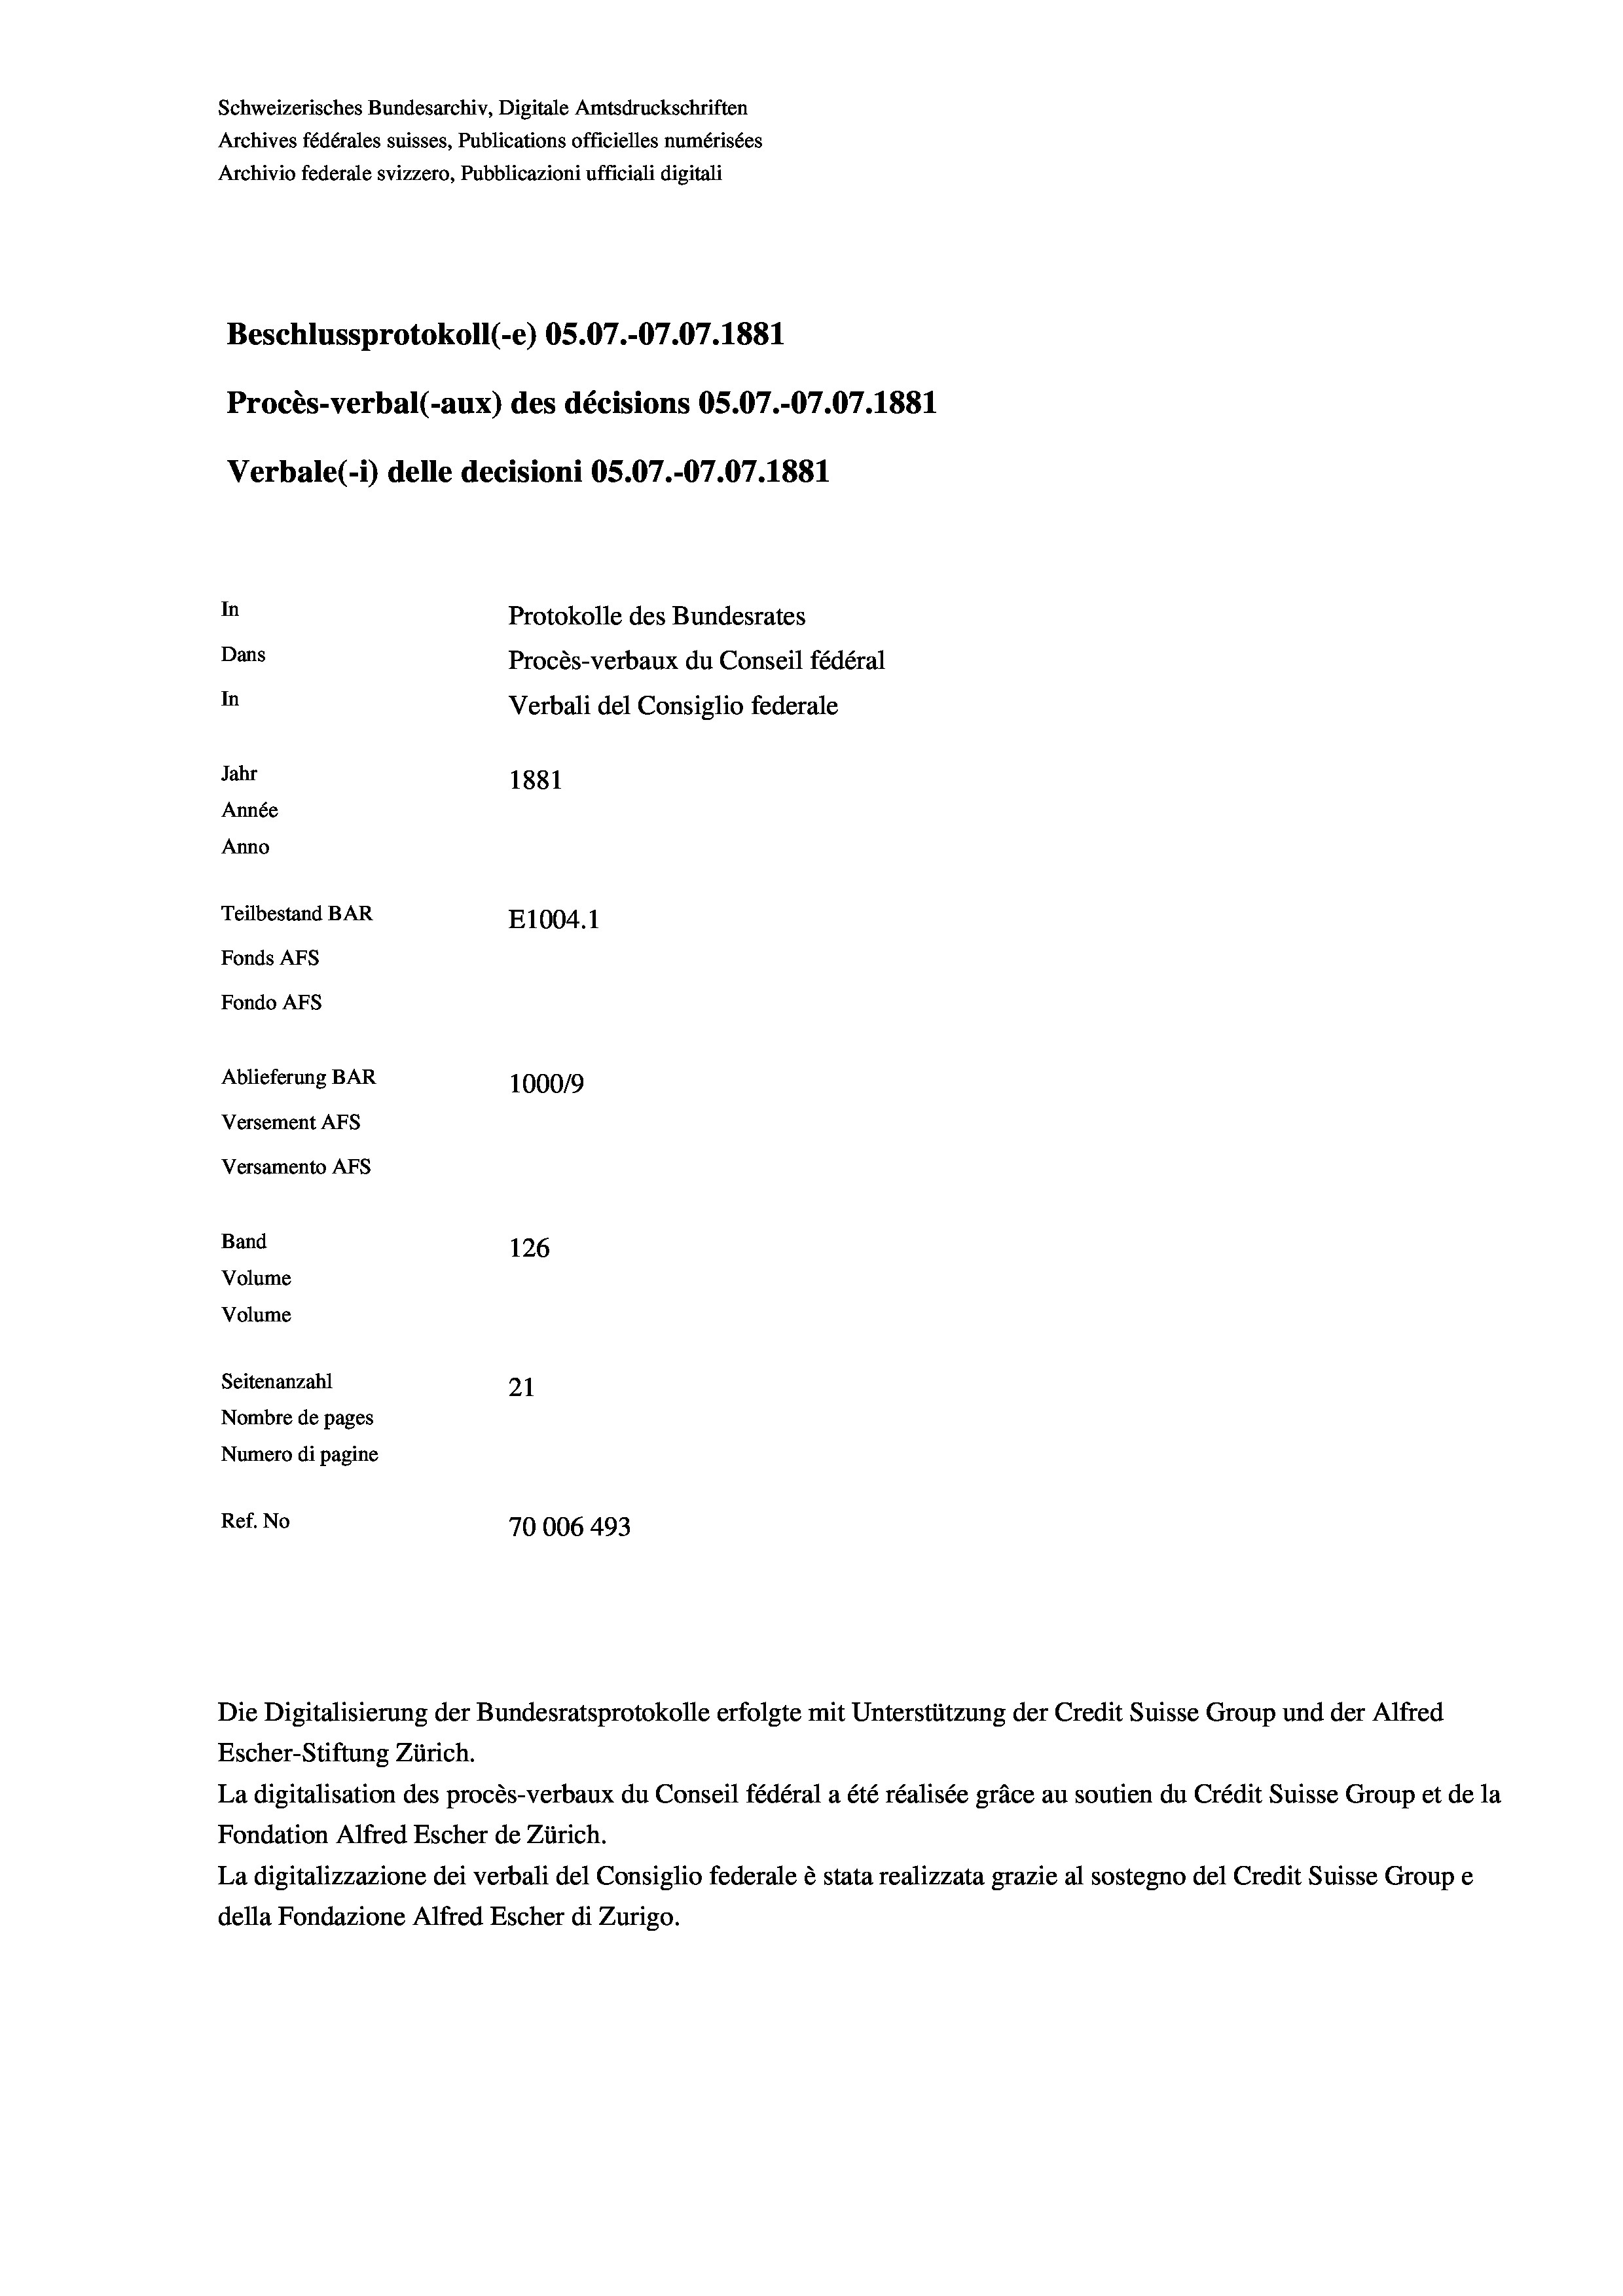
Schweizerisches Bundesarchiv, Digitale Amtsdruckschriften
Archives fédérales suisses, Publications officielles numérisées
Archivio federale svizzero, Pubblicazioni ufficiali digitali
Beschlussprotokoll (-e) OS.07.-07.07. 1881
Procès-verbal (-aux) des décisions OS.07.-07.07. 1881
Verbale(*) delle decisioni OS.07.-07.07. 1881
In
Protokolle des Bundesrates
Dans
Procès-verbaux du Conseil fédéral
In
Verbali del Consiglio federale
Jahr
1881
Année
Anno
Teilbestand BAR
E1004. 1
Fonds AFs
Fondo Afs
Ablieferung BAR
100019
Versement AFs
Versamento Afs
Band
126
Volume
Volume
Seitenanzahl
21
Nombre de pages
Numero di pagine
Ref. No
70006 493

Escher-Stiftung Zürich.
La digitalisation des procès-verbaux du Conseil fédéral a été réalisée gräce au soutien du Crédit Suisse Group et de la
Fondation Alfred Escher de Zürich.
La digitalizzazione dei verbali del Consiglio federale è stata realizzata grazie al sostegno del Credit Suisse Groupe
della Fondazione Alfred Escher di Zurigo.

Die Digitalisierung der Bundesratsprotokolle erfolgte mit Unterstützung der Credit Suisse Group und der Alfred